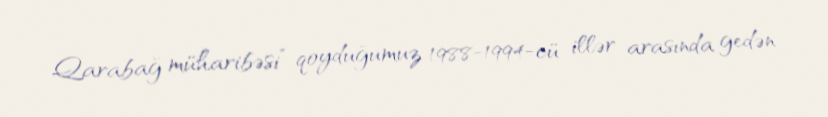
Qarabağ müharibəsi” qoyduğumuz 1988-1994-cü illər arasında gedən